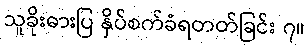
သူခိုးဓားပြ နှိပ်စက်ခံရတတ်ခြင်း ၇။